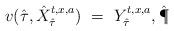
LaTeX: \begin{align*}v(\hat\tau,\hat X_{\hat\tau}^{t,x,a}) \ = \ Y_{\hat\tau}^{t,x,a}, \hat\P\end{align*}